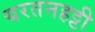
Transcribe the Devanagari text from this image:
यरतनहट्टी